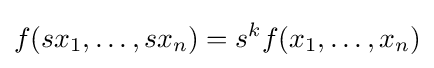
f(sx_{1},\ldots ,sx_{n})=s^{k}f(x_{1},\ldots ,x_{n})